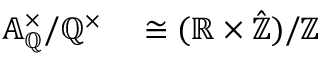
\begin{array} { r l } { \mathbb { A } _ { \mathbb { Q } } ^ { \times } / \mathbb { Q } ^ { \times } } & { { } \cong ( \mathbb { R } \times { \hat { \mathbb { Z } } } ) / \mathbb { Z } } \end{array}